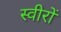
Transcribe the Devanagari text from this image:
स्वीरों